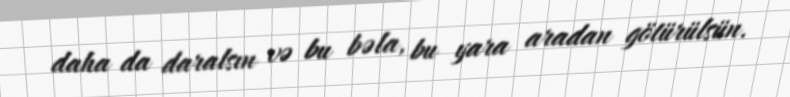
daha da daralsın və bu bəla, bu yara aradan götürülsün.